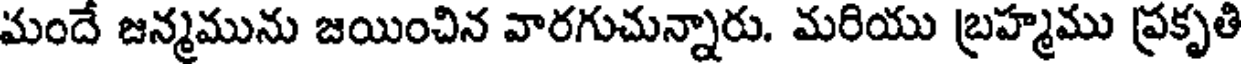
మందే జన్మమును జయించిన వారగుచున్నారు. మరియు బ్రహ్మము ప్రకృతి